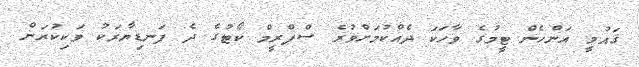
ޤައުމީ އަންހެން ޓީމުގެ ވާހަކަ ދެއްކުމަށްވުރެ ސްޕްރީމް ކޯޓުގެ ދެ ފަނޑިޔާރަކު ވަކިކުރަން